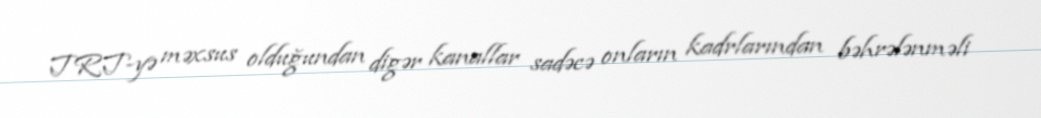
TRT-yə məxsus olduğundan digər kanallar sadəcə onların kadrlarından bəhrələnməli